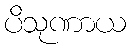
ပိသုဏာယ